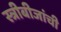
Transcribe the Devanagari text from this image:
स्त्रीबीजांची